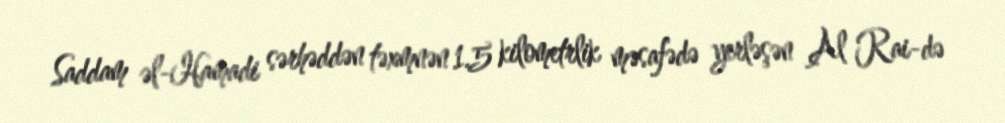
Saddam əl-Hamadi sərhəddən təxmnən 1.5 kilometrlik məsafədə yerləşən Al Rai-də